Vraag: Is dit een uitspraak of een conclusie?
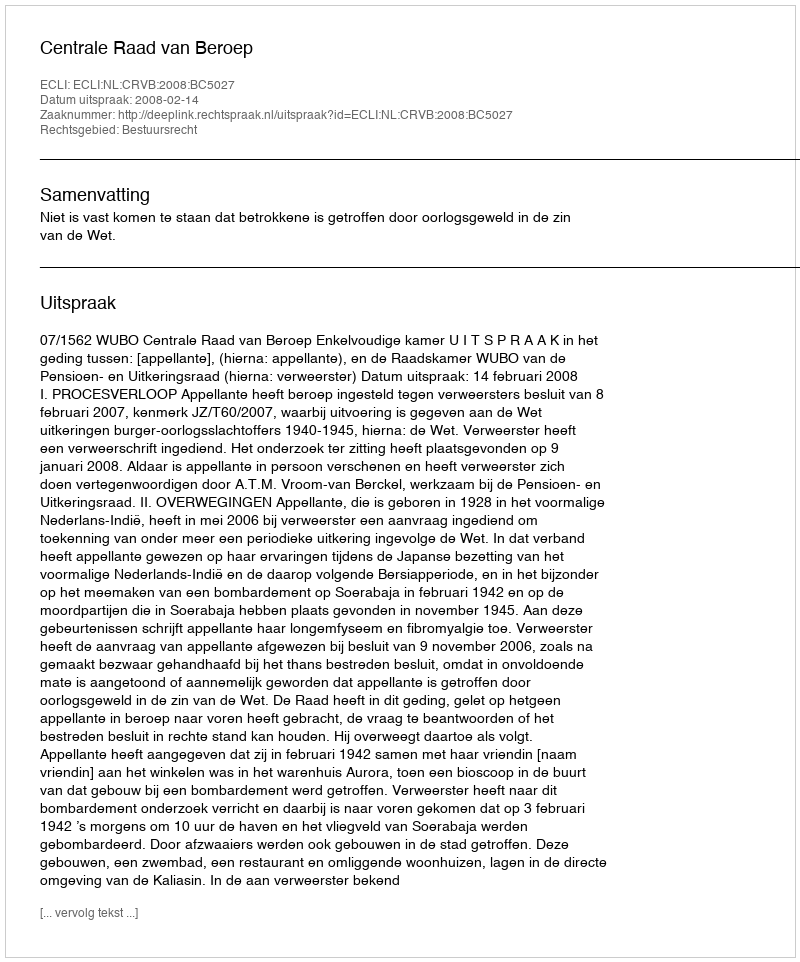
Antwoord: Uitspraak